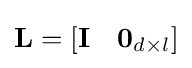
\mathbf {L} =[\mathbf {I} \quad \mathbf {0} _{d\times l}]